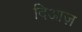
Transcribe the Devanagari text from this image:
दिआज़